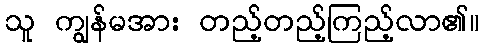
သူ ကျွန်မအား တည့်တည့်ကြည့်လာ၏။